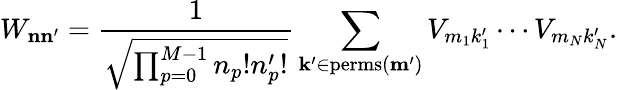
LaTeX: W_{\mathbf{n}\mathbf{n}^{\prime}}=\frac{1}{\sqrt{\prod_{p=0}^{M-1}n_{p}!n_{p}^{\prime}!}}\sum_{\mathbf{k}^{\prime}\in\mathrm{perms}(\mathbf{m}^{\prime})}V_{m_{1}k_{1}^{\prime}}\cdots V_{m_{N}k_{N}^{\prime}}.